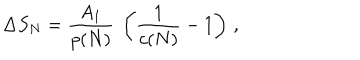
\Delta S _ { N } = { \frac { A _ { 1 } } { p ( N ) } } \ \left( { \frac { 1 } { c ( N ) } } - 1 \right) \, ,